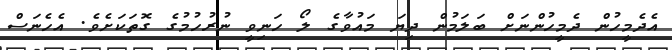
އެދެމީހުން ދެމީހުންނަށް ބަލަމުން ދިޔަ މައުވާގެ ލޯ ހަނިވީ ނުރުހުމުގެ ގޮތަކަށެވެ. އެހެނަސް